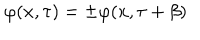
LaTeX: \varphi ( x , \tau ) = \pm \varphi ( x , \tau + \beta )